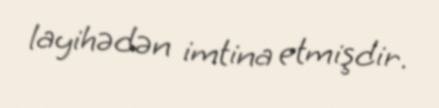
layihədən imtina etmişdir.